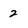
Character: 2